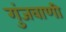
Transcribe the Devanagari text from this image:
गुंजवाणी